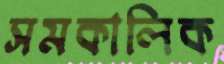
সমকালিক